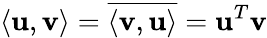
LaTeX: \langle\mathbf{u},\mathbf{v}\rangle=\overline{{\langle\mathbf{v},\mathbf{u}\rangle}}=\mathbf{u}^{T}\mathbf{v}